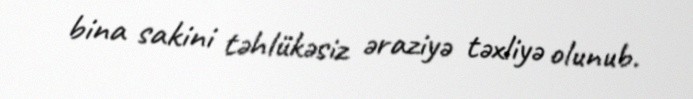
bina sakini təhlükəsiz əraziyə təxliyə olunub.